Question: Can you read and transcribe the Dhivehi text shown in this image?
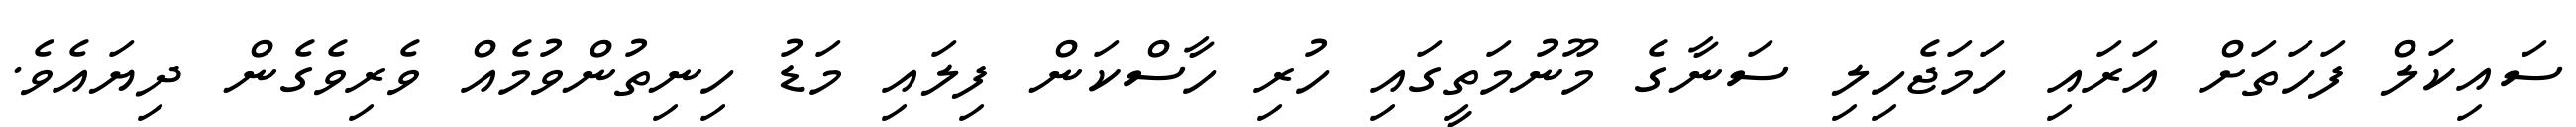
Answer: ސައިކަލް ފަހަތަށް އަރައި ހަމަޖެހިލި ސަނާގެ މޫނުމަތީގައި ހުރި ހާސްކަން ފިލައި މަޑު ހިނިތުންވުމެއް ވެރިވެގެން ދިޔައެވެ.